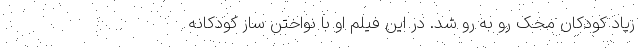
زیاد کودکان محک رو به رو شد. در این فیلم او با نواختن ساز کودکانه